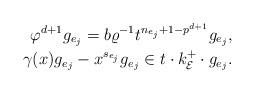
LaTeX: \begin{align*}\varphi^{d+1}g_{e_j}=b\varrho^{-1}t^{n_{e_j}+1-p^{d+1}}g_{e_j},\\\gamma(x)g_{e_j}-x^{s_{e_j}}g_{e_j}\in t\cdot k_{\mathcal E}^+\cdot g_{e_j}.\end{align*}